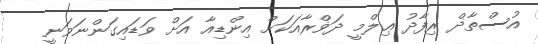
އުސްތާޛް ރިފާދު ޢިލްމީ ދަޥްރާއަކަށް އިންޑިއާ އަށް ވަޑައިގަންނަވަނީ